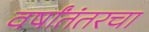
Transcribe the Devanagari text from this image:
वर्षांतंतरचा